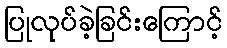
ပြုလုပ်ခဲ့ခြင်းကြောင့်